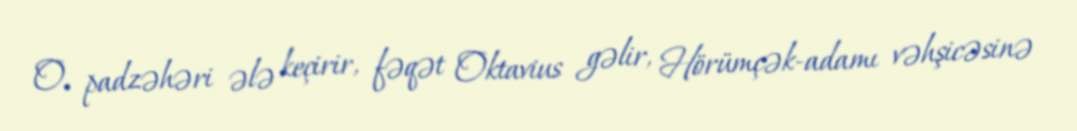
O, padzəhəri ələ keçirir, fəqət Oktavius gəlir, Hörümçək-adamı vəhşicəsinə